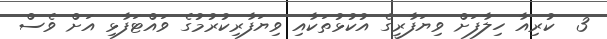
3  ކުރިއާ ހިލާފަށް ވިޔަފާރީގެ އުކުޅުތަކާއި ވިޔަފާރިކުރުމުގެ ވައްޓަފާޅި އަށް ވެސް